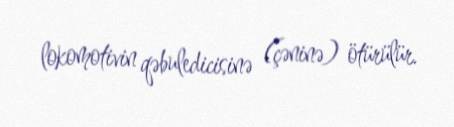
lokomotivin qəbuledicisinə (çəninə) ötürülür.